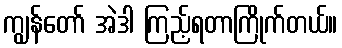
ကျွန်တော် အဲဒါ ကြည့်ရတာကြိုက်တယ်။